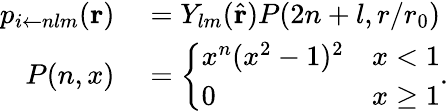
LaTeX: \begin{array}{rl}{p_{i\leftarrow nlm}(\mathbf{r})}&{{}=Y_{lm}(\hat{\mathbf{r}})P(2n+l,r/r_{0})}\\ {P(n,x)}&{{}=\left\{ \begin{array}{ll}{x^{n}(x^{2}-1)^{2}}&{x<1}\\ {0}&{x\ge 1}\end{array}\right..}\end{array}